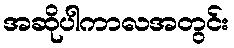
အဆိုပါကာလအတွင်း